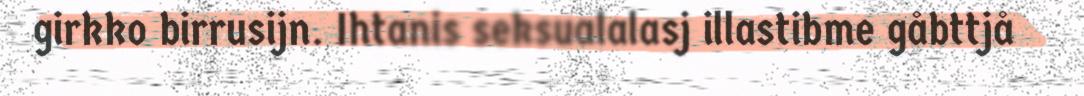
girkko birrusijn. Ihtanis seksualalasj illastibme gåbttjå